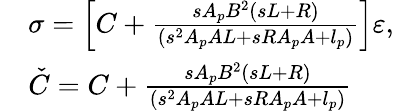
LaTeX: \begin{array}{rl}&{\sigma=\left[C+\frac{sA_{p}B^{2}\left(sL+R\right)}{\left(s^{2}A_{p}AL+sRA_{p}A+l_{p}\right)}\right]\varepsilon,}\\ &{\check{C}=C+\frac{sA_{p}B^{2}\left(sL+R\right)}{\left(s^{2}A_{p}AL+sRA_{p}A+l_{p}\right)}}\end{array}